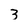
Character: 3